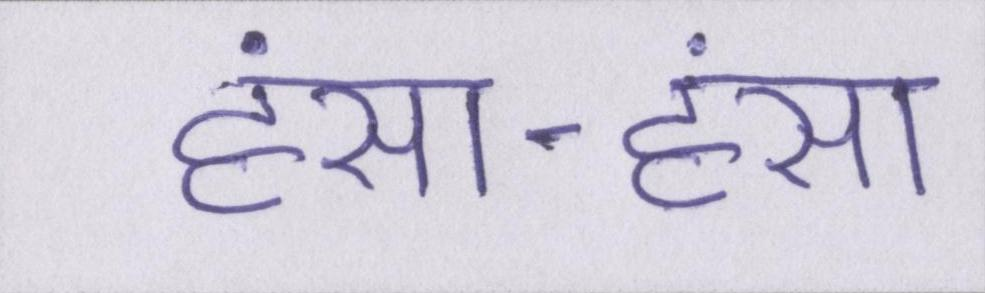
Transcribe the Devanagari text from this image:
हंसा-हंसा